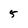
Character: 5